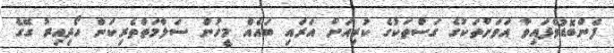
ފެންބޮޑުވެފައިވާ އަވަށްތަކުގެ ގަސްތަކުގެ ކުރިއަށް އަރައި ބައެއް މީހުން ސަލާމަތްތެރިކަން ހޯދިއިރު ގޭގެ